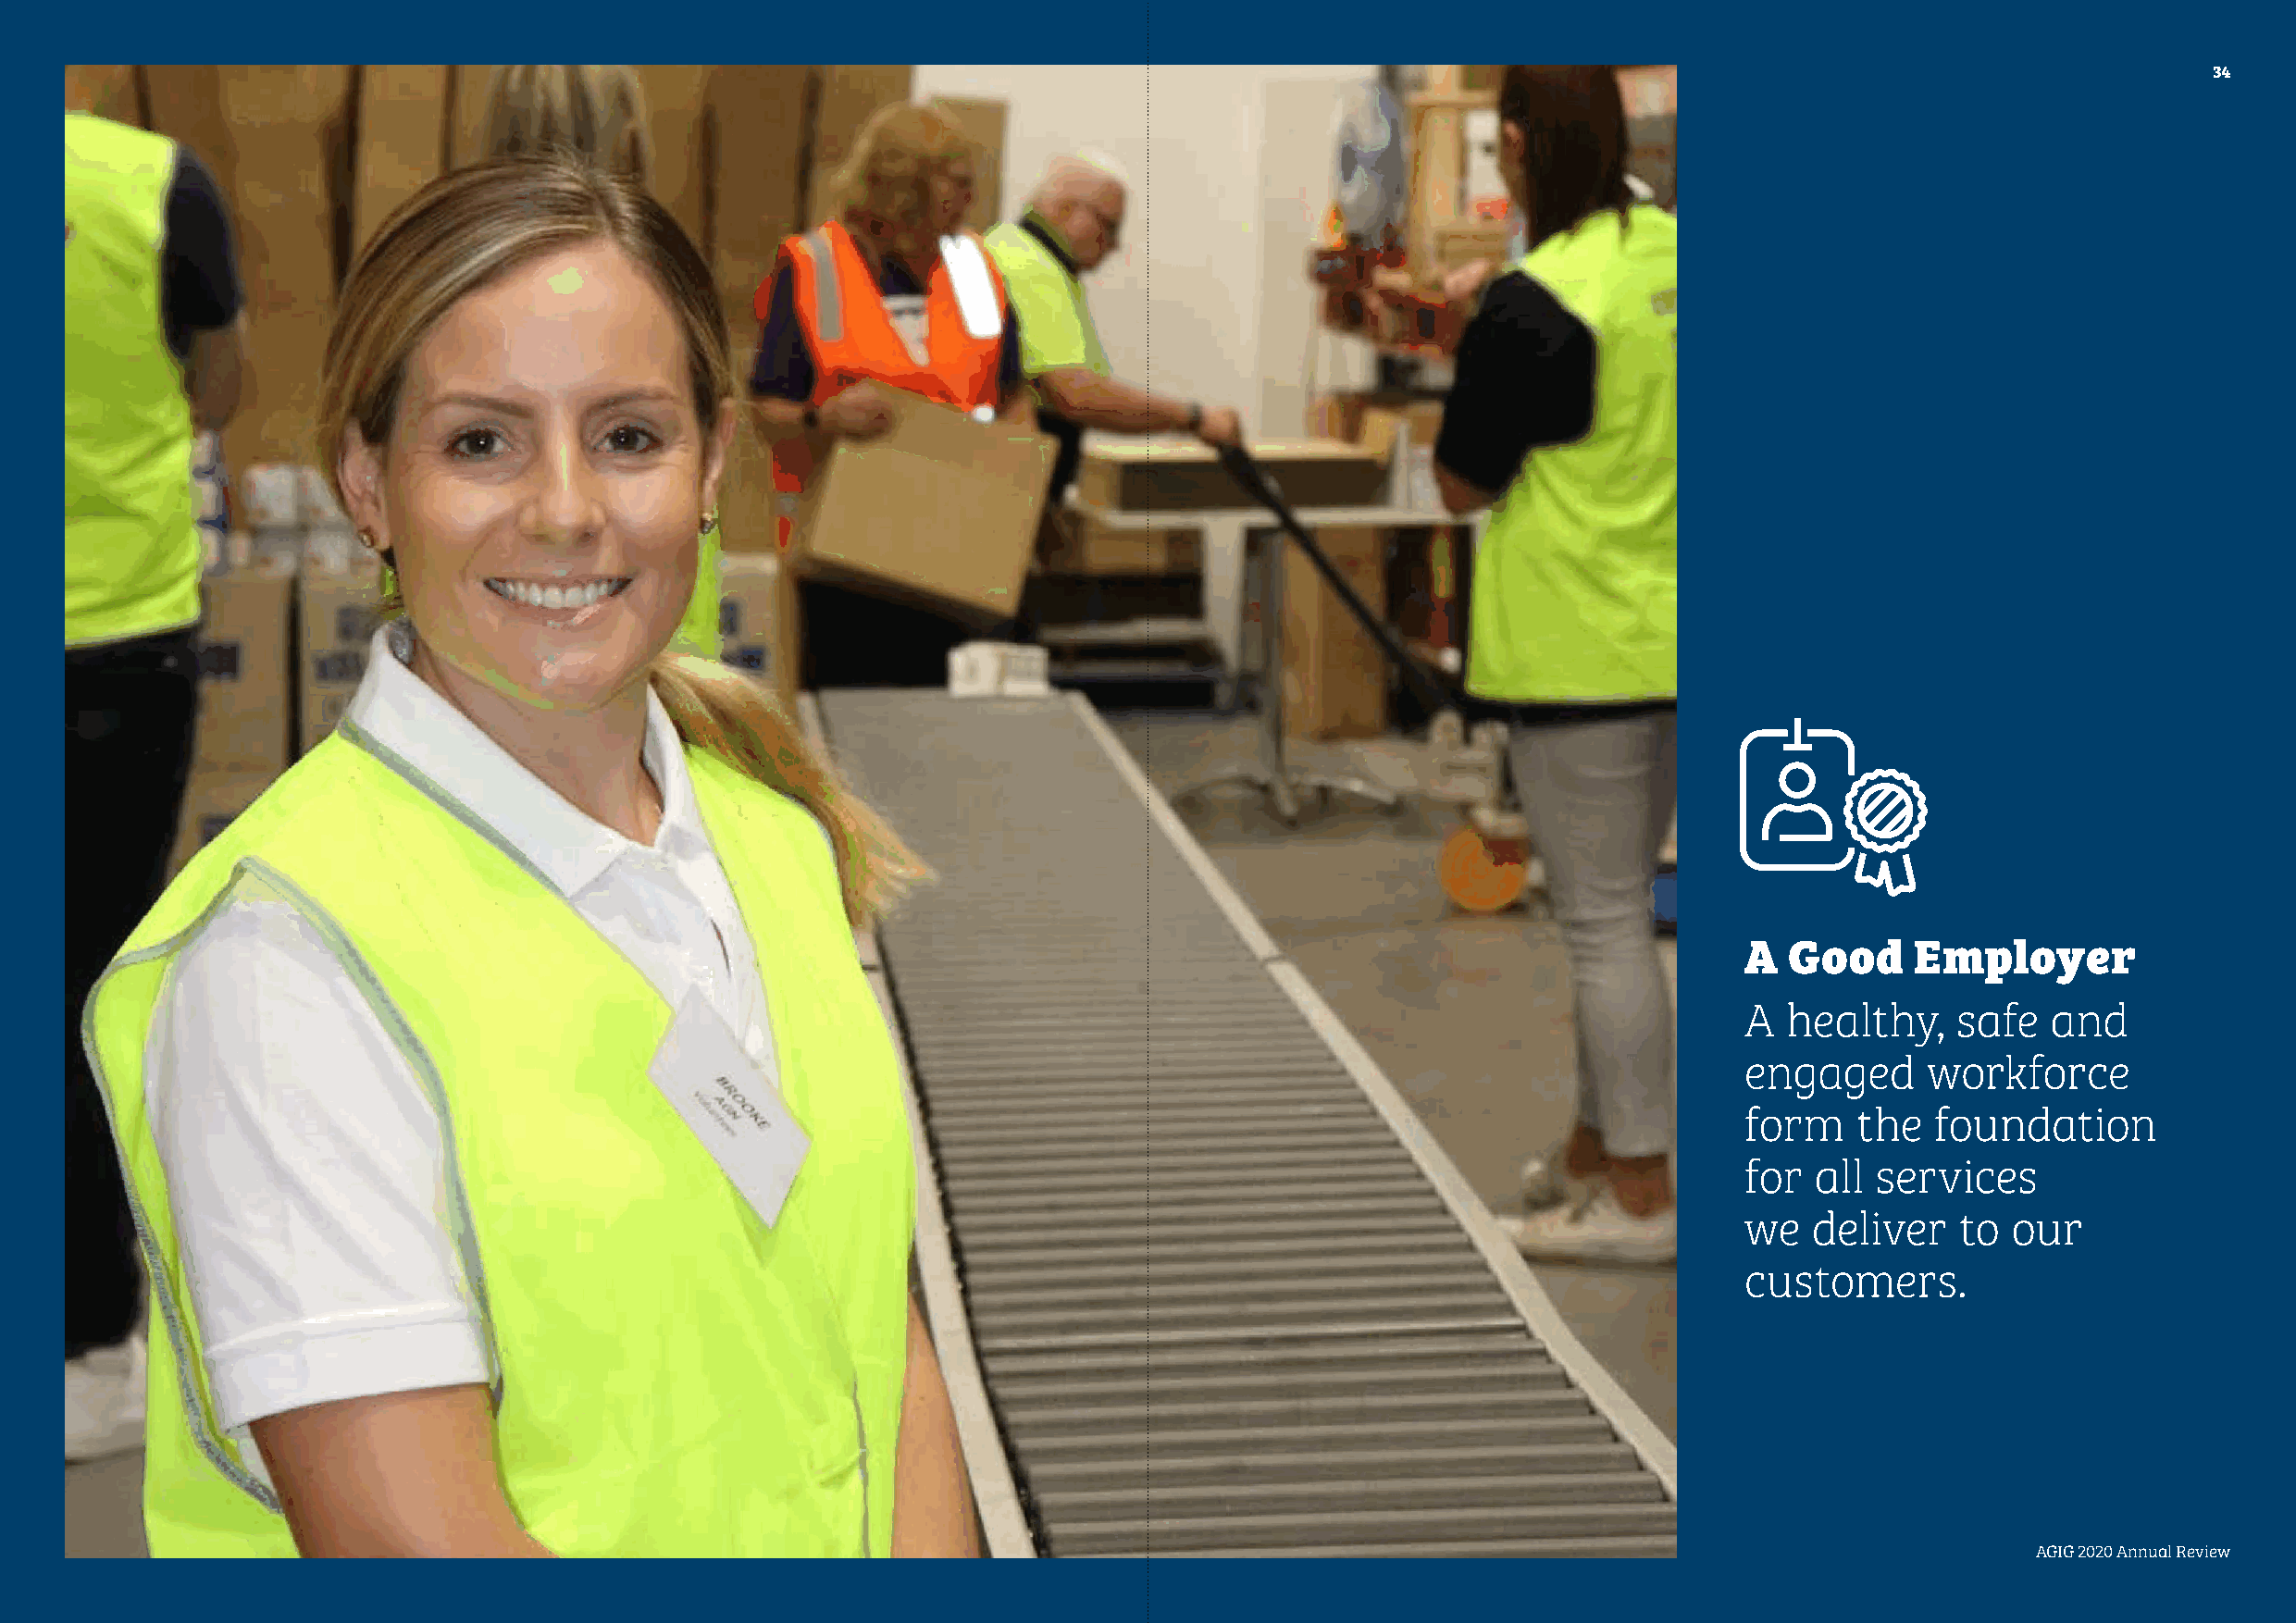
34
 A  Good     Employer
 A  healthy,    safe   and
 engaged      workforce
 form    the  foundation
 for  all services
 we   deliver   to  our
 customers.
 AAGGIIGG 22002200 AAnnnnuuaall RReevviieeww